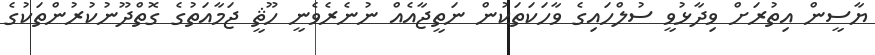
ޔާސީން އިތުރަށް ވިދާޅުވީ ސުލްހައިގެ ވާހަކަތަކުން ނަތީޖާއެއް ނުނެރެވެނީ ހޫޘީ ޖަމާއަތުގެ ގޮތްދޫނުކުރުންތަކުގެ